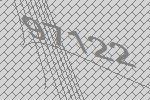
97122